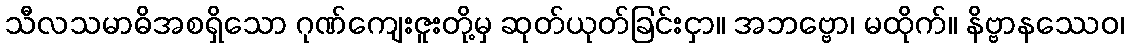
သီလသမာဓိအစရှိသော ဂုဏ်ကျေးဇူးတို့မှ ဆုတ်ယုတ်ခြင်းငှာ။ အဘဗ္ဗော၊ မထိုက်။ နိဗ္ဗာနဿေဝ၊